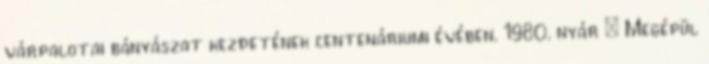
várpalotai bányászat kezdetének centenáriumi évében. 1980. nyár – Megépül